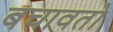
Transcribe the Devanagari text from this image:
बचावतो